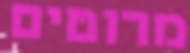
מרוטים